Report on vaccination in Madras 1922-1929 - 1922-1929
Year: 1922
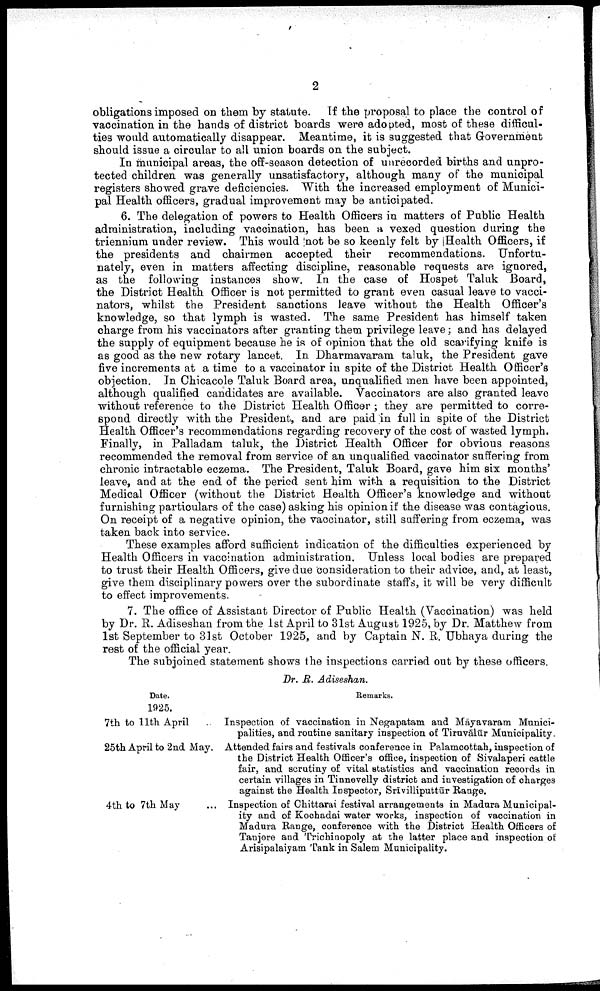
2
obligations imposed on them by statute. If the proposal to place the control of
vaccination in the hands of district boards were adopted, most of these difficul
ties would automatically disappear. Meantime, it is suggested that Government
should issue a circular to all union boards on the subject.
In municipal areas, the off-season detection of unrecorded births and unpro
tected children was generally unsatisfactory, although many of the municipal
registers showed grave deficiencies. With the increased employment of Munici
pal Health officers, gradual improvement may be anticipated.
6. The delegation of powers to Health Officers in matters of Public Health
administration, including vaccination, has been a vexed question during the
triennium under review. This would not be so keenly felt by Health Officers, if
the presidents and chairmen accepted their recommendations. Unfortu
nately, even in matters affecting discipline, reasonable requests are ignored,
as the following instances show. In the case of Hospet Taluk Board,
the District Health Officer is not permitted to grant even casual leave to vacci-
nators, whilst the President sanctions leave without the Health Officer's
knowledge, so that lymph is wasted. The same President has himself taken
charge from his vaccinators after granting them privilege leave; and has delayed
the supply of equipment because he is of opinion that the old scarifying knife is
as good as the new rotary lancet. In Dharmavaram taluk, the President gave
five increments at a time to a vaccinator in spite of the District Health Officer's
objection. In Chicacole Taluk Board area, unqualified men have been appointed,
although qualified candidates are available. Vaccinators are also granted leave
without reference to the District Health Officer ; they are permitted to corre
spond directly with the President, and are paid in full in spite of the District
Health Officer's recommendations regarding recovery of the cost of wasted lymph.
Finally, in Palladam taluk, the District Health Officer for obvious reasons
recommended the removal from service of an unqualified vaccinator suffering from
chronic intractable eczema. The President, Taluk Board, gave him six months
leave, and at the end of the period sent him with a requisition to the District
Medical Officer (without the District Health Officer's knowledge and without
furnishing particulars of the case) asking his opinion if the disease was contagious.
On receipt of a negative opinion, the vaccinator, still suffering from eczema, was
taken back into service.
These examples afford sufficient indication of the difficulties experienced by
Health Officers in vaccination administration. Unless local bodies are prepared
to trust their Health Officers, give due consideration to their advice, and, at least,
give them disciplinary powers over the subordinate staffs, it will be very difficult
to effect improvements.
7. The office of Assistant Director of Public Health (Vaccination) was held
by Dr. R. Adiseshan from the 1st April to 31st August 1925, by Dr. Matthew from
1st September to 31st October 1925, and by Captain N. R. Ubhaya during the
rest of the official year.
The subjoined statement shows the inspections carried out by these officers.
Dr. R. Adiseshan.
Date.
1925.
7th to 11th April
25th April to 2nd May.
4th to 7th May
Remarks.
Inspection of vaccination in Negapatam and Māyavaram Munici
palities, and routine sanitary inspection of Tiruvālūr Municipality.
Attended fairs and festivals conference in Palamcottah, inspection of
the District Health Officer's office, inspection of Siyalaperi cattle
fair, and scrutiny of vital statistics and vaccination records in
certain villages in Tinnevelly district and investigation of charges
against the Health Inspector, Srivilliputtūr Range.
Inspection of Chittarai festival arrangements in Madura Municipal
ity and of Kochadai water works, inspection of vaccination in
Madura Range, conference with the District Health Officers of
Tanjore and Trichinopoly at the latter place and inspection of
Arisipalaiyam Tank in Salem Municipality.